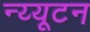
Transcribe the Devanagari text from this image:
न्य्यूटन